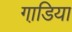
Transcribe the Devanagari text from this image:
गाडि़या